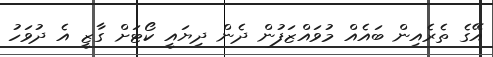
އޭގެ ތެރެއިން ބައެއް މުވައްޒަފުން ދެން ދިޔައީ ކޯޓަށް ގާޒީ އެ ދުވަހު